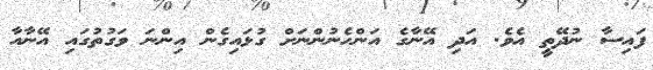
ފައިސާ ނުދޭތީ އެވެ. އަދި އޭނާގެ އަންހެނުންނަށް ގުޅައިގެން އިންނަ ވަގުތުގައި އޭނާއާ